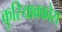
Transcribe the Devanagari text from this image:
कुरियाक्कोस